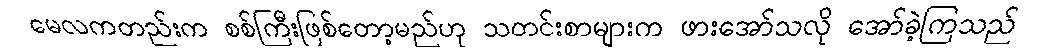
မေလကတည်းက စစ်ကြီးဖြစ်တော့မည်ဟု သတင်းစာများက ဖားအော်သလို အော်ခဲ့ကြသည်